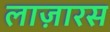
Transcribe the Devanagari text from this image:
लाज़ारस